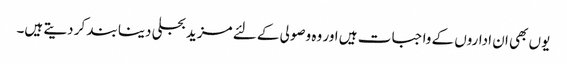
یوں بھی ان اداروں کے واجبات ہیں اور وہ وصولی کے لئے مزید بجلی دینا بند کر دیتے ہیں۔